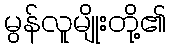
မွန်လူမျိုးတို့၏